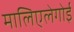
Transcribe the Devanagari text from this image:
मालिएलेगोई